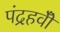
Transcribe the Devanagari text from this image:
पंद्रहवीँ